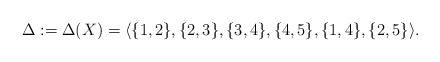
LaTeX: \begin{align*}\Delta:=\Delta(X) =\langle \{1,2\},\{2,3\},\{3,4\},\{4,5\},\{1,4\},\{2,5\}\rangle.\end{align*}